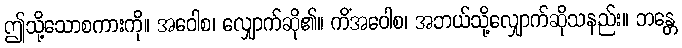
ဤသို့သောစကားကို။ အဝေါစ၊ လျှောက်ဆို၏။ ကိံအဝေါစ၊ အဘယ်သို့လျှောက်ဆိုသနည်း။ ဘန္တေ